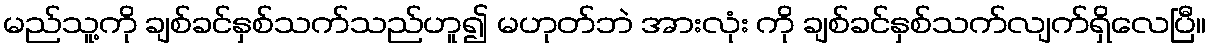
မည်သူ့ကို ချစ်ခင်နှစ်သက်သည်ဟူ၍ မဟုတ်ဘဲ အားလုံး ကို ချစ်ခင်နှစ်သက်လျက်ရှိလေပြီ။